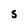
Character: 5